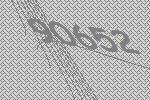
90652